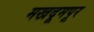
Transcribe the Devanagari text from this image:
मखदूमपूर